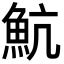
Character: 魧